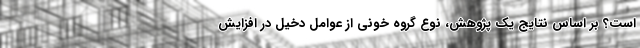
است؟ بر اساس نتایج یک پژوهش، نوع گروه خونی از عوامل دخیل در افزایش